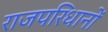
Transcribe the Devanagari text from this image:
राजपरिधानों